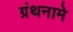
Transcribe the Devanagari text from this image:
ग्रंथनामे